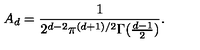
A _ { d } = \frac { 1 } { 2 ^ { d - 2 } \pi ^ { ( d + 1 ) / 2 } \Gamma ( \frac { d - 1 } { 2 } ) } .